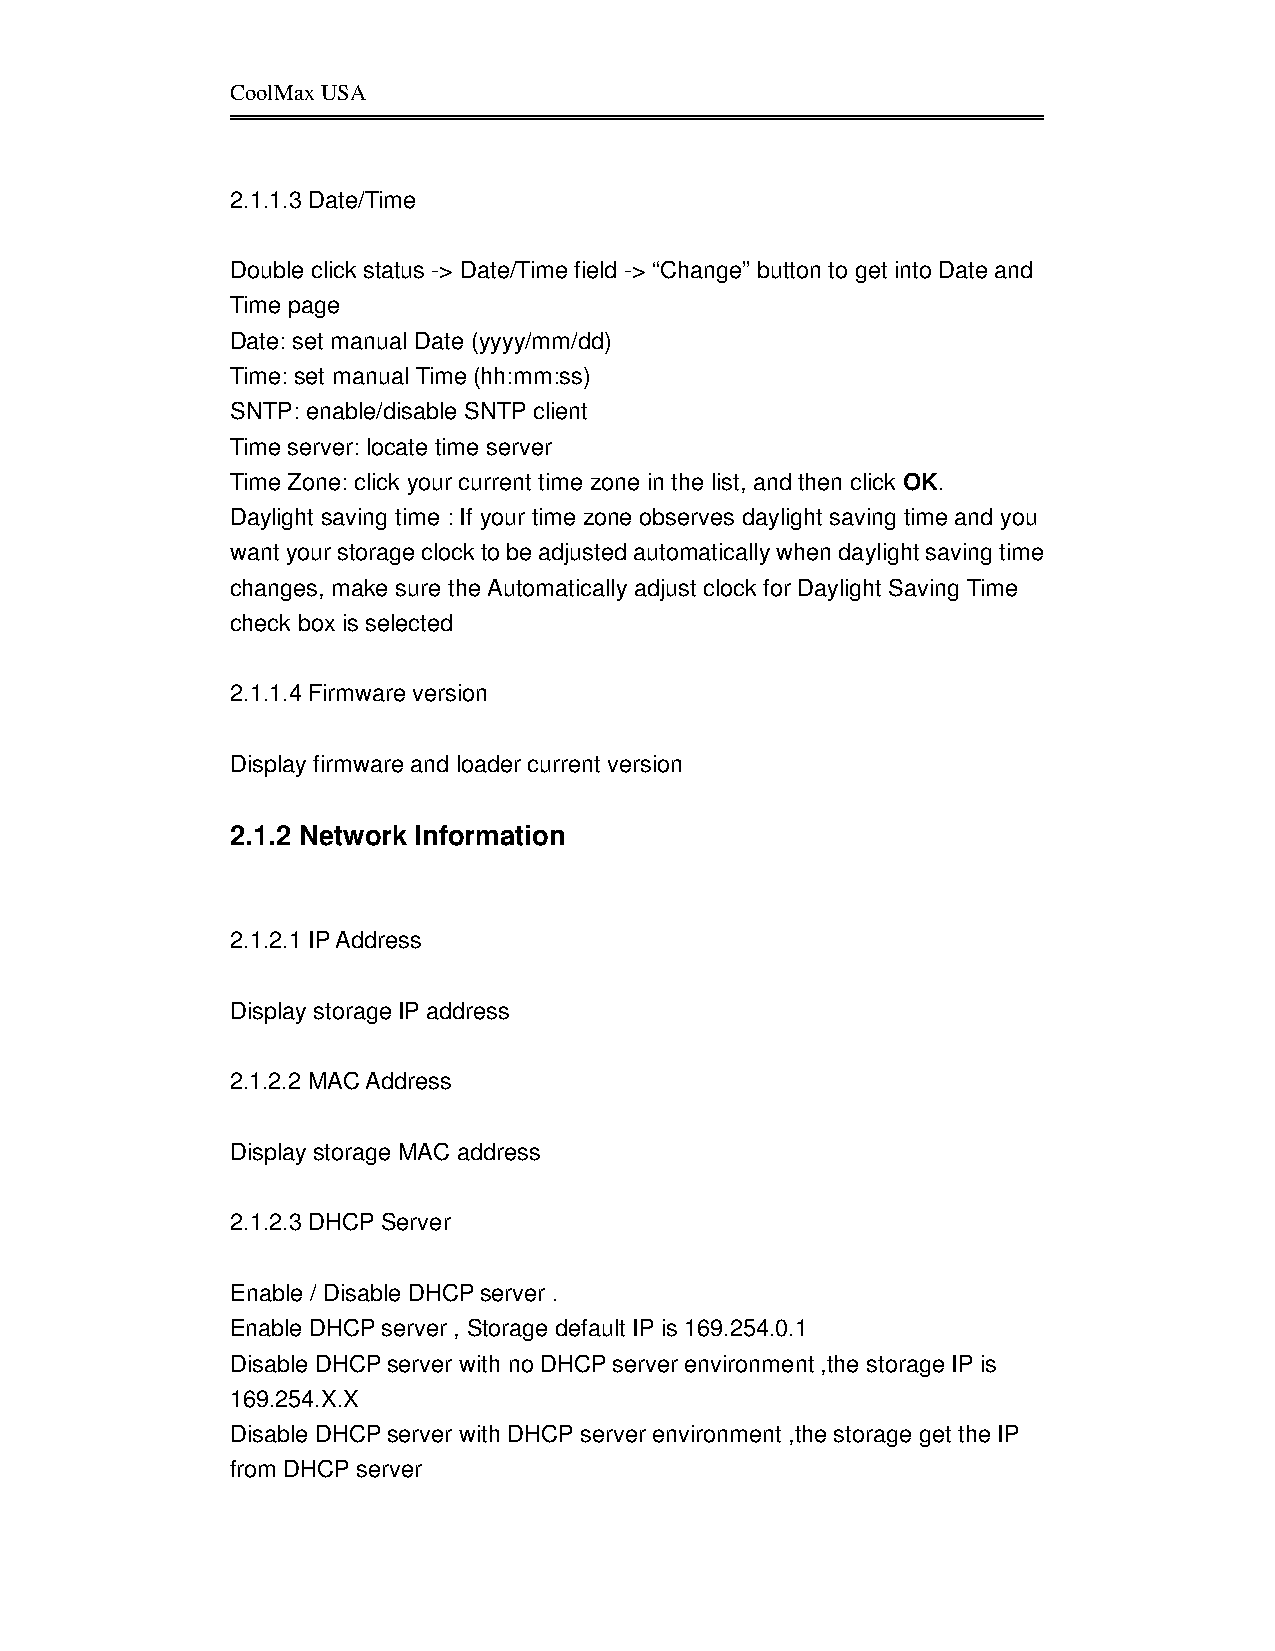
CoolMax USA
 2.1.1.3 Date/Time
 Double click status -> Date/Time field -> “Change” button to get into Date and
 Time page
 Date: set manual Date (yyyy/mm/dd)
 Time: set manual Time (hh:mm:ss)
 SNTP: enable/disable SNTP client
 Time server: locate time server
 Time Zone: click your current time zone in the list, and then click OK.
 Daylight saving time : If your time zone observes daylight saving time and you
 want your storage clock to be adjusted automatically when daylight saving time
 changes, make sure the Automatically adjust clock for Daylight Saving Time
 check box is selected
 2.1.1.4 Firmware version
 Display firmware and loader current version
 2.1.2 Network Information
 2.1.2.1 IP Address
 Display storage IP address
 2.1.2.2 MAC Address
 Display storage MAC address
 2.1.2.3 DHCP Server
 Enable / Disable DHCP server .
 Enable DHCP server , Storage default IP is 169.254.0.1
 Disable DHCP server with no DHCP server environment ,the storage IP is
 169.254.X.X
 Disable DHCP server with DHCP server environment ,the storage get the IP
 from DHCP server